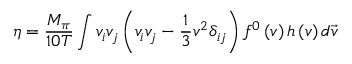
\eta = \frac { M _ { \pi } } { 1 0 T } \int v _ { i } v _ { j } \left( v _ { i } v _ { j } - \frac { 1 } { 3 } v ^ { 2 } \delta _ { i j } \right) f ^ { 0 } \left( v \right) h \left( v \right) d \vec { v }